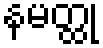
နမတ္ထု